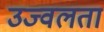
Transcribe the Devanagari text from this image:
उज्वलता